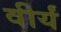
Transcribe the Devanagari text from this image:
वीर्यं